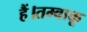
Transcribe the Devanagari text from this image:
हैं।तम्बाकू